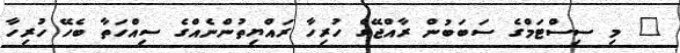
" މި ސިސްޓަމްގެ ސަބަބުން ރާއްޖޭގެ ހުރިހާ ރައްޔިތުންނެއްގެ ސިއްހަތާ ބެހޭ ހުރިހާ